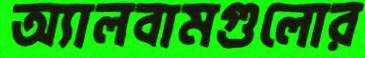
অ্যালবামগুলোর